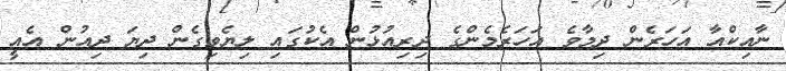
ނާއިކްއާ އަހަރެން ދިމާވެ އަހަރެމެންގެ ދިރިއުޅުން އެކުގައި ލިޔެވިގެން ދިޔަ ދިއުން އެއީ